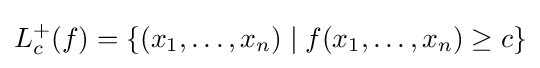
L_{c}^{+}(f)=\left\{(x_{1},\dots ,x_{n})\mid f(x_{1},\dots ,x_{n})\geq c\right\}